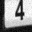
Digit: 4